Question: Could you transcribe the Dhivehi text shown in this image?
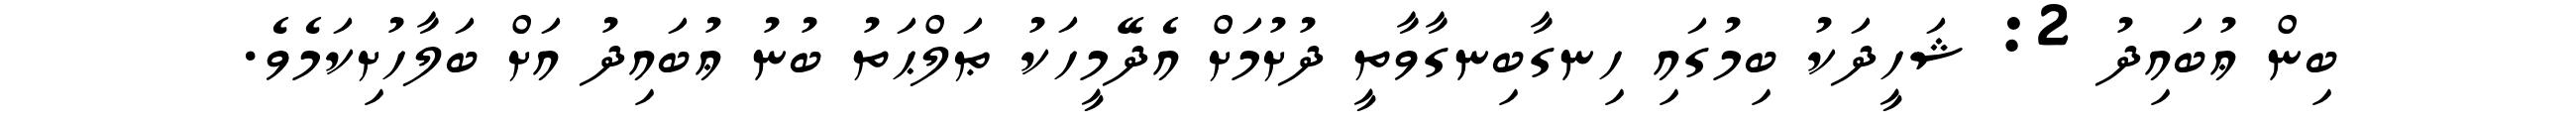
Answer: ބިން ޢުބައިދު 2: ޝަހީދަކު ބިމުގައި ހިނގާބިނގާވާތީ ދުށުމަށް އެދޭމީހަކު ޠަލްޙަތު ބުނު ޢުބައިދު އަށް ބަލާހުށިކަމެވެ.